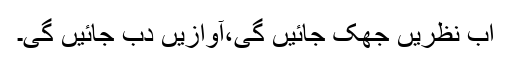
اب نظریں جھک جائیں گی،آوازیں دب جائیں گی۔